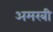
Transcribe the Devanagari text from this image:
अमरबी